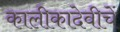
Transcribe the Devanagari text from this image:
कालीकादेवीचें